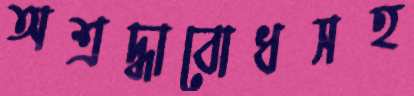
অশ্রদ্ধাবোধসহ